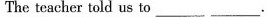
The teacher told us to___ ___.